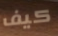
كيف